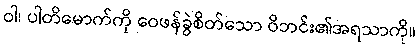
ဝါ၊ ပါတိမောက်ကို ဝေဖန်ခွဲစိတ်သော ဝိဘင်း၏အရသာကို။